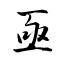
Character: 亟